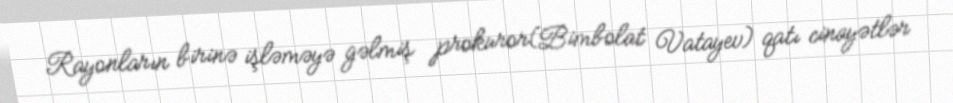
Rayonların birinə işləməyə gəlmiş prokuror(Bimbolat Vatayev) qatı cinayətlər